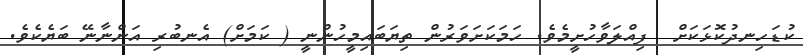
ކުޑަހިނދުކޮޅަކަށް  ފިއްލަވާހުށީމެވެ. ހަމަކަށަވަރުން ތިޔަބައިމީހުންނީ ( ކަމަށް) އެނބުރި އަންނާނޭ ބަޔެކެވެ.